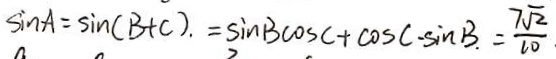
\sin A = \sin ( B + C ) . = \sin B \cos C + \cos C - \sin B . = \frac { 7 \sqrt { 2 } } { 1 0 }